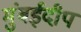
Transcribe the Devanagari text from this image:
मुंबईदीप